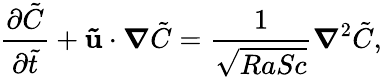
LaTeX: \frac{\partial\tilde{C}}{\partial\tilde{t}}+\mathbf{\tilde{u}}\cdot\boldsymbol\nabla\tilde{C}=\frac{1}{\sqrt{RaSc}}\boldsymbol\nabla^{2}\tilde{C},